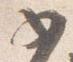
如